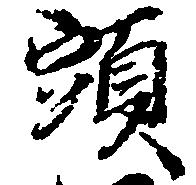
頭